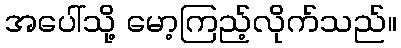
အပေါ်သို့ မော့ကြည့်လိုက်သည်။